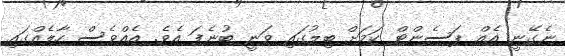
ނެގޭނީ އެއް ޕަސެންޓް ކަމަށް ބިލުގައި ވަނީ ބުނެފަ އެވެ. އެއްވެސް ހާލެއްގައި